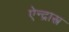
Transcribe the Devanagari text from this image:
ऐन्द्रास्त्र